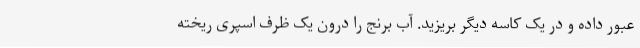
عبور داده و در یک کاسه دیگر بریزید. آب برنج را درون یک ظرف اسپری ریخته